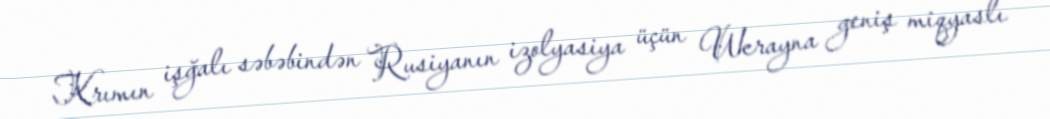
Krımın işğalı səbəbindən Rusiyanın izolyasiya üçün Ukrayna geniş miqyaslı